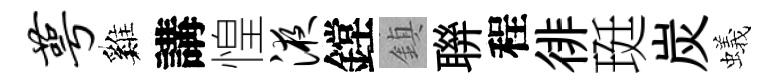
萼巍講惶液鏜鎮聨程徘珽炭蟻